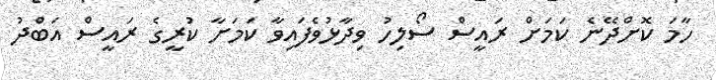
ހާމަ ކޮށްދޭނެ ކަމަށް ރައީސް ސޯލިހު ވިދާޅުވެފައިވާ ކަމަށާ ކުރީގެ ރައީސް އަބްުދު